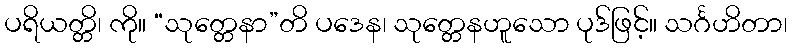
ပရိယတ္တိ၊ ကို။ “သုတ္တေနာ”တိ ပဒေန၊ သုတ္တေနဟူသော ပုဒ်ဖြင့်။ သင်္ဂဟိတာ၊